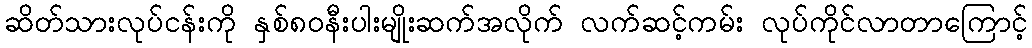
ဆိတ်သားလုပ်ငန်းကို နှစ်၈၀နီးပါးမျိုးဆက်အလိုက် လက်ဆင့်ကမ်း လုပ်ကိုင်လာတာကြောင့်